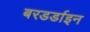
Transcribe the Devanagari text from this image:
बरडर्डाइन